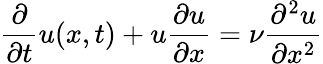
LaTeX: \frac{\partial}{\partial t}u(x,t)+u\frac{\partial u}{\partial x}=\nu\frac{\partial^{2}u}{\partial x^{2}}